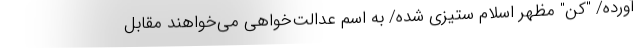
آورده/ "کن" مظهر اسلام ستیزی شده/ به اسم عدالت‌خواهی می‌خواهند مقابل